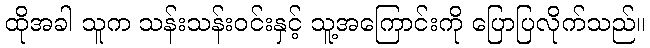
ထိုအခါ သူက သန်းသန်းဝင်းနှင့် သူ့အကြောင်းကို ပြောပြလိုက်သည်။